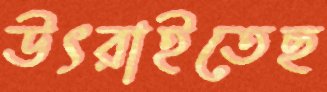
উৎরাইতেছ